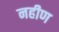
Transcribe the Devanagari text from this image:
नहीण